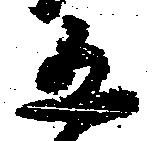
五